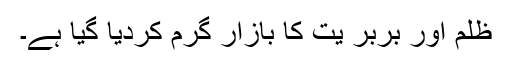
ظلم اور بربر یت کا بازار گرم کردیا گیا ہے۔